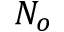
N _ { o }